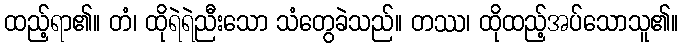
ထည့်ရာ၏။ တံ၊ ထိုရဲရဲညီးသော သံတွေခဲသည်။ တဿ၊ ထိုထည့်အပ်သောသူ၏။